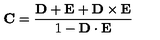
{ \bf C } = { \frac { \bf D + E + D \times E } { 1 - { \bf D \cdot E } } }